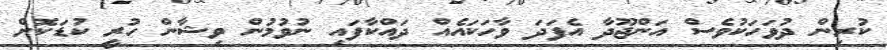
ކުރިން ދުވަހަކުވެސް އަންޖޫދާ އެފަދަ ވާހަކައެއް ދައްކާފައި ނުވުމުން ވިޝާން ހުރީ ކުޑަކޮށް